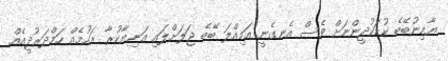
ޔާމިނުބޭބެ ކުޑަކުދީންނަށް ވެސް އެެނގެނީ އަމިއްލަ ބޭބެ ޖަލަށްލައި އަނިޔާކުރާ ރަހުމެއް ހަމްދަރުދީއެއް